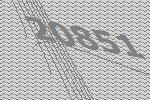
20851